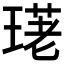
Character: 𤧳